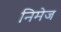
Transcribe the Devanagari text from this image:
निमेज